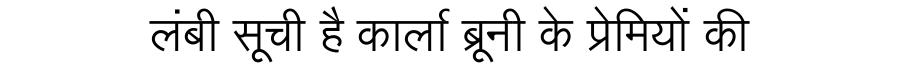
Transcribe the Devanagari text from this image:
लंबी सूची है कार्ला ब्रूनी के प्रेमियों की